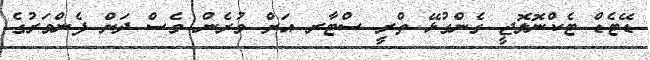
ޑޭޓެޑް ޓެކްނޮލޮޖީ ގެންގުޅޭ ތްރީ ސްޓާރ އަށް ވުރެން ވެސް ދަށް ފެންވަރުގެ